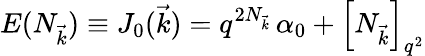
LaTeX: E(N_{\vec{k}})\equiv J_{0}(\vec{k})=q^{2N_{\vec{k}}}\, \alpha_{0}+\left[N_{\vec{k}}\right]_{q^{2}}